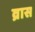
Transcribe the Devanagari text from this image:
व्रास